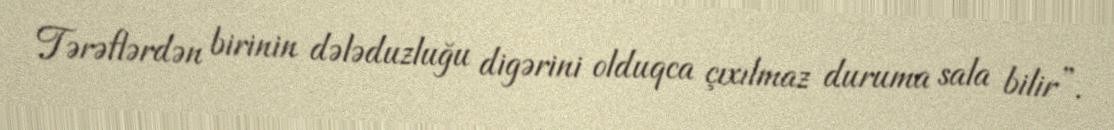
Tərəflərdən birinin dələduzluğu digərini olduqca çıxılmaz duruma sala bilir”.